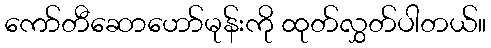
ကော်တီဆောဟော်မုန်းကို ထုတ်လွှတ်ပါတယ်။